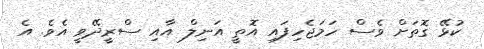
ކުޅޭ ގޮތަށް ވެސް ހަމަޖެހިފައި އޮތީ އަނިލް އާއި ސްރީދޭވީ އެވެ. އެ